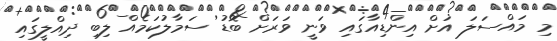
މި މައްސަލަ އަށް އިންޑިއާގައި ވަނީ ވަރަށް ބޮޑު ސަމާލުކަމެއް ލިބި ދިއްލީގައި